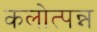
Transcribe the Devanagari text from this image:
कलोत्पन्न